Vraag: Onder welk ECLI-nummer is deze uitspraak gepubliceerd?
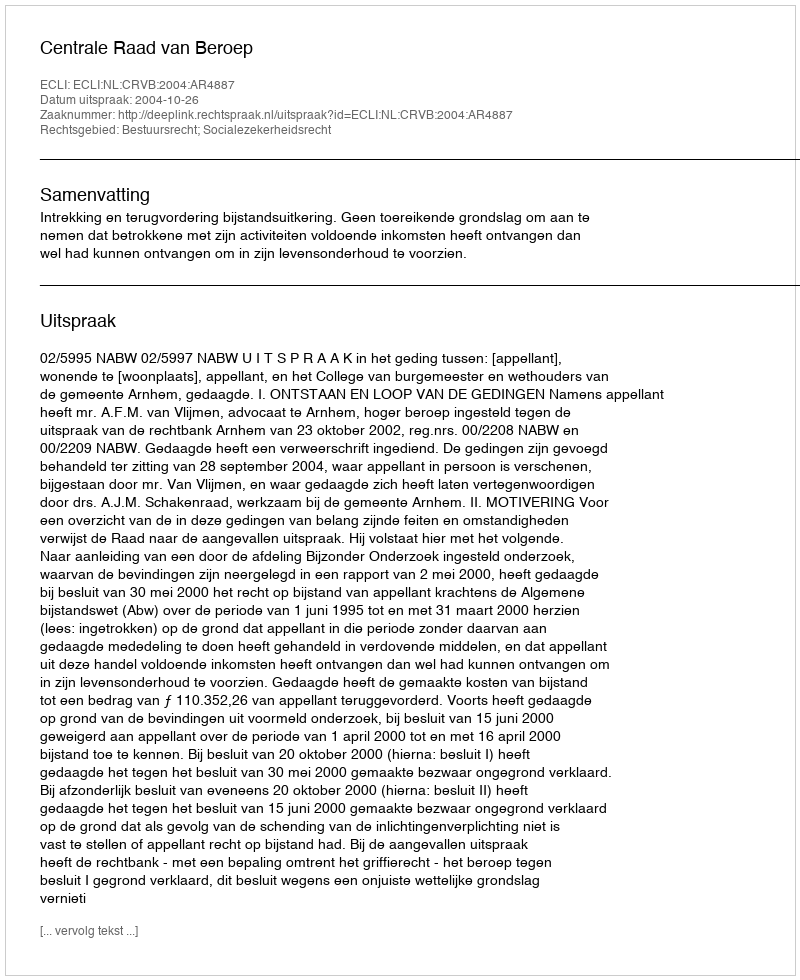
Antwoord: ECLI:NL:CRVB:2004:AR4887